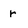
Character: r